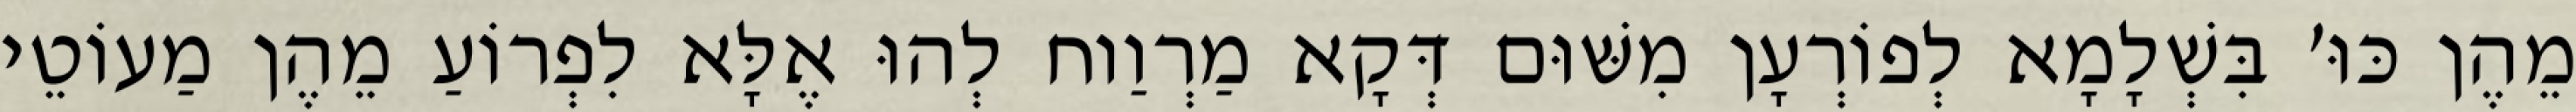
מֵהֶן כּוּ׳ בִּשְׁלָמָא לְפוֹרְעָן מִשּׁוּם דְּקָא מַרְוַוח לְהוּ אֶלָּא לִפְרוֹעַ מֵהֶן מַעוֹטֵי